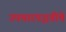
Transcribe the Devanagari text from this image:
उपचारपद्धतीचे